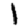
Digit: 1